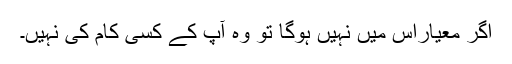
اگر معیاراس میں نہیں ہوگا تو وہ آپ کے کسی کام کی نہیں۔